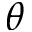
\boldsymbol { \theta }